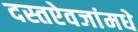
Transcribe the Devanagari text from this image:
दस्तऐवजांमधे